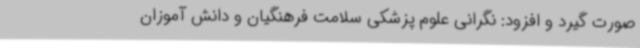
صورت گیرد و افزود: نگرانی علوم پزشکی سلامت فرهنگیان و دانش آموزان